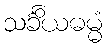
သင်္ခိယဓမ္မံ